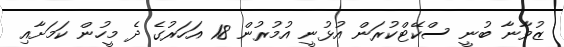
ޒުވާނާ ބުނީ ސްކޭޓްކުރަން އުޅުނީ އުމުރުން 18 އަހަރުގެ ދެ މީހުން ކަމަށާއި